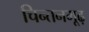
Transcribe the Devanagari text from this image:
चिन्तनमूढ़